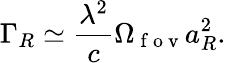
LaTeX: \Gamma_{R}\simeq\frac{\lambda^{2}}{c}\Omega_{\mathrm{~f~o~v~}}a_{R}^{2}.